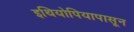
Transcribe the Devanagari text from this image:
इथियोपियापासून